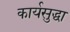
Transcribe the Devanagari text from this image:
कार्यसुद्धा